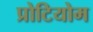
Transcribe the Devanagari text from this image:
प्रोटियोम